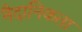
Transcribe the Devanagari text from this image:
नैदानिकता